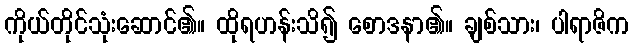
ကိုယ်တိုင်သုံးဆောင်၏။ ထိုရဟန်းသိ၍ စောဒနာ၏။ ချစ်သား၊ ပါရာဇိက